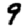
Digit: 9